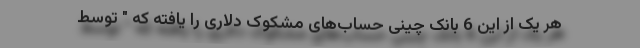
هر یک از این 6 بانک‌ چینی حساب‌های مشکوک دلاری را یافته که " توسط